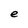
Character: e